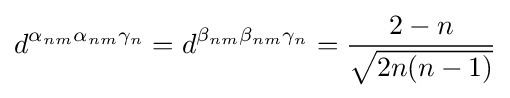
d^{\alpha _{nm}\alpha _{nm}\gamma _{n}}=d^{\beta _{nm}\beta _{nm}\gamma _{n}}={\frac {2-n}{\sqrt {2n(n-1)}}}